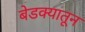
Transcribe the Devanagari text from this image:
बेडक्यातून